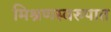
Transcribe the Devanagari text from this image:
मिश्रणस्वरुपात